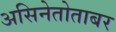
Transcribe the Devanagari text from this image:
असिनेतोताबर